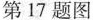
第17题图